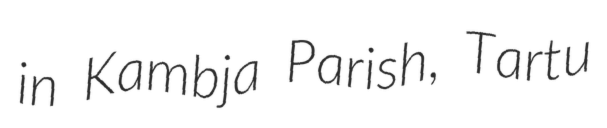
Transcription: in Kambja Parish, Tartu